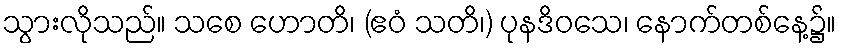
သွားလိုသည်။ သစေ ဟောတိ၊ (ဧဝံ သတိ၊) ပုနဒိဝသေ၊ နောက်တစ်နေ့၌။